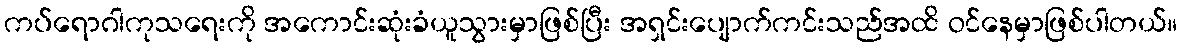
ကပ်ရောဂါကုသရေးကို အကောင်းဆုံးခံယူသွားမှာဖြစ်ပြီး အရှင်းပျောက်ကင်းသည်အထိ ဝင်နေမှာဖြစ်ပါတယ်။